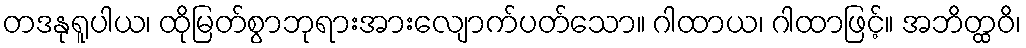
တဒနုရူပါယ၊ ထိုမြတ်စွာဘုရားအားလျောက်ပတ်သော။ ဂါထာယ၊ ဂါထာဖြင့်။ အဘိတ္ထဝိ၊